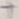
Text: +